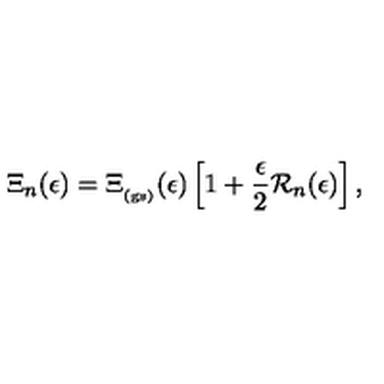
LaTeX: \Xi _ { n } ( \epsilon ) = \Xi _ { _ \mathrm { ( g s ) } } ( \epsilon ) \left[ 1 + \frac { \epsilon } { 2 } { \mathcal R } _ { n } ( \epsilon ) \right] ,